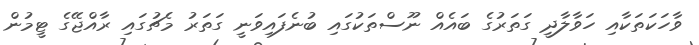
ވާހަކަތަކާއި ހަވާލާދީ ގަތަރުގެ ބައެއް ނޫސްތަކުގައި ބުނެފައިވަނީ ގަތަރު މެޗުގައި ރާއްޖޭގެ ޓީމުން